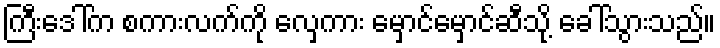
ကြီးဒေါ်က စကားလက်ကို လှေကား မှောင်မှောင်ဆီသို့ ခေါ်သွားသည်။